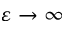
\varepsilon \rightarrow \infty